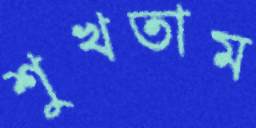
শুখতাম